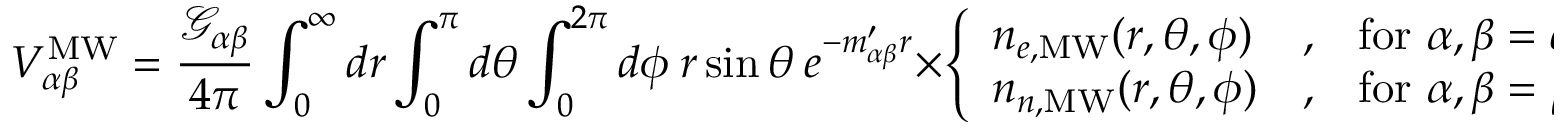
V _ { \alpha \beta } ^ { \mathrm { M W } } = \frac { \mathcal { G } _ { \alpha \beta } } { 4 \pi } \int _ { 0 } ^ { \infty } d r \int _ { 0 } ^ { \pi } d \theta \int _ { 0 } ^ { 2 \pi } d \phi ~ r \sin \theta ~ e ^ { - m _ { \alpha \beta } ^ { \prime } r } \times \left\{ \begin{array} { l l l } { n _ { e , \mathrm { M W } } ( r , \theta , \phi ) } & { , } & { \mathrm { f o r } ~ \alpha , \beta = e , \mu ~ \mathrm { o r } ~ e , \tau } \\ { n _ { n , \mathrm { M W } } ( r , \theta , \phi ) } & { , } & { \mathrm { f o r } ~ \alpha , \beta = \mu , \tau } \end{array} \right. \; ,